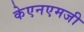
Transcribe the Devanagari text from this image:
केएनएमजी